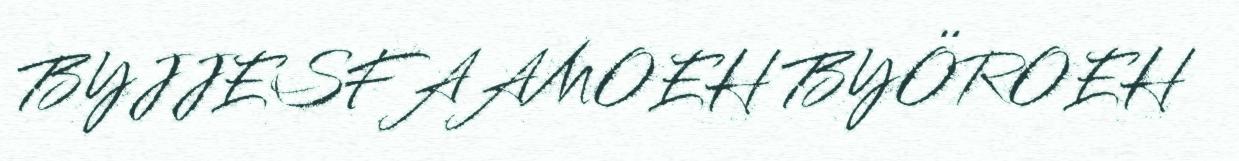
BYJJESFAAMOEH BYÖROEH